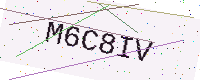
Text: M6C8IV